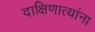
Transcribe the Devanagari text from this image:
दाक्षिणात्यांना